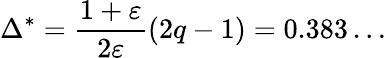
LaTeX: \Delta^{*}=\frac{1+\varepsilon}{2\varepsilon}\left(2q-1\right)=0.383\dots